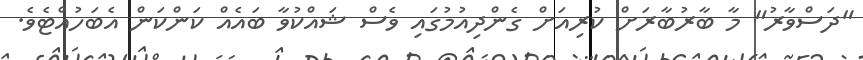
"ދަސްވާރު" މާ ބާރުބާރަށް ކުރިއަށް ގެންދިއުމުގައި ވެސް ޝައްކުވާ ބައެއް ކަންކަން އެބަހުއްޓެވެ.